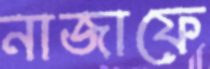
নাজাফে